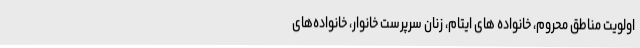
اولویت مناطق محروم، خانواده های ایتام، زنان سرپرست خانوار، خانواده‌های